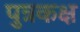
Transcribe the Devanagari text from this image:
पुत्रकक्ष